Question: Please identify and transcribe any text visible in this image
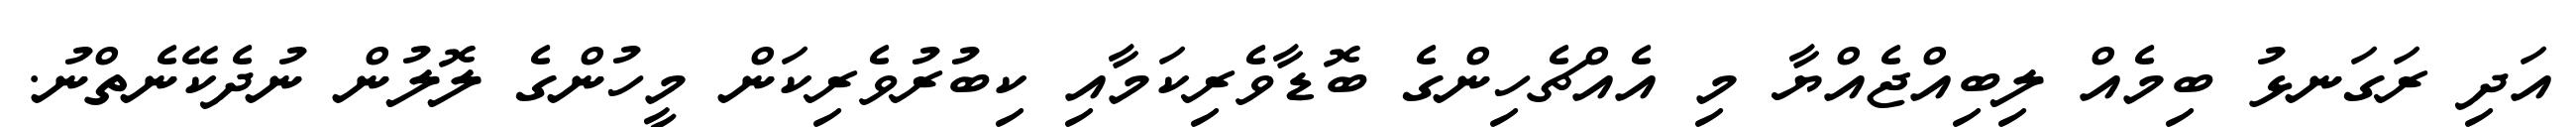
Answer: އަދި ރަގަނޅު ބިމެއް ލިބިއްޖެއްޔާ މި އެއްޗެހިންގެ ބޮޑާވެރިކަމާއި ކިބުރުވެރިކަން މީހުންގެ ލޮލުން ނުދެކޭނެތްނު.